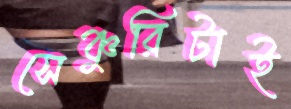
সেঞ্চুরিটাই